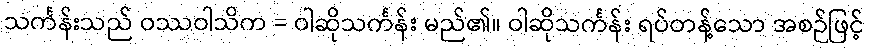
သင်္ကန်းသည် ဝဿဝါသိက = ဝါဆိုသင်္ကန်း မည်၏။ ဝါဆိုသင်္ကန်း ရပ်တန့်သော အစဉ်ဖြင့်